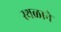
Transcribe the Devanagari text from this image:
स्थळाने